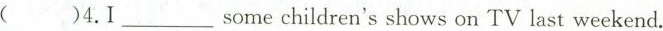
( )4.I___somechildren's shows on TV last weekend.